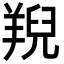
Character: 䍲